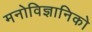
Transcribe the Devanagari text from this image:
मनोविज्ञानिको